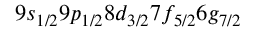
9 s _ { 1 / 2 } 9 p _ { 1 / 2 } 8 d _ { 3 / 2 } 7 f _ { 5 / 2 } 6 g _ { 7 / 2 }